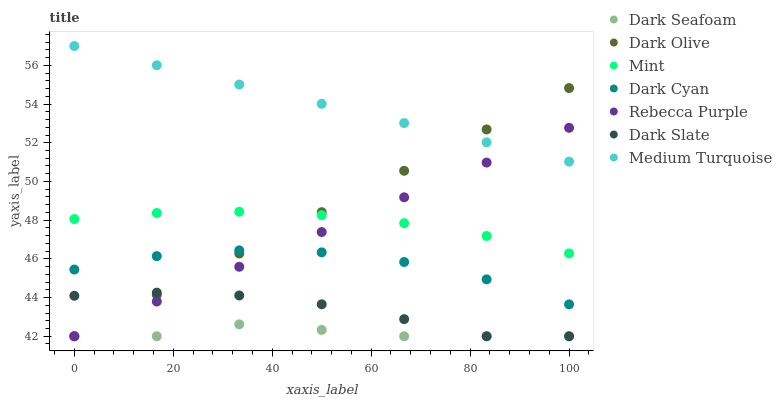
| xaxis_label | Dark Seafoam | Dark Olive | Mint | Dark Cyan | Rebecca Purple | Dark Slate | Medium Turquoise |
 | --- | --- | --- | --- | --- | --- | --- | --- |
 | 0 | 42 | 42 | 48.1 | 45.4 | 42 | 44.1 | 57 |
 | 16.7 | 42 | 44.1 | 48.4 | 46.1 | 43.8 | 44.3 | 56 |
 | 33.3 | 42.6 | 46.3 | 48.4 | 46.4 | 45.6 | 44.1 | 55 |
 | 50 | 42.3 | 48.4 | 48.3 | 46.3 | 47.4 | 43.7 | 54 |
 | 66.7 | 42 | 50.6 | 47.8 | 45.8 | 49.2 | 42.9 | 53 |
 | 83.3 | 42 | 52.7 | 47.2 | 44.9 | 51 | 42 | 52 |
 | 100 | 42 | 54.8 | 46.3 | 43.6 | 52.8 | 42 | 51 |